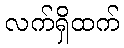
လက်ရှိထက်